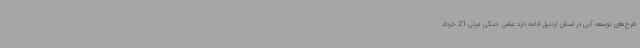
طرح‌های توسعه‌ آبی در استان اردبیل ادامه دارد عباس جنگی مرنی 21 خرداد